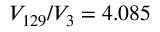
V _ { 1 2 9 } / V _ { 3 } = 4 . 0 8 5